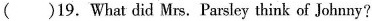
()19.What did Mrs. Parsley think of Johnny?